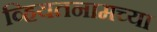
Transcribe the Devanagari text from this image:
व्हियतनामच्या